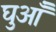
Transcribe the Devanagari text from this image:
घुआँ